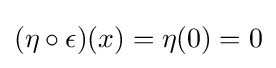
(\eta \circ \epsilon )(x)=\eta (0)=0